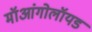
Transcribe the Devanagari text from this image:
मॉआंगोलॉयड